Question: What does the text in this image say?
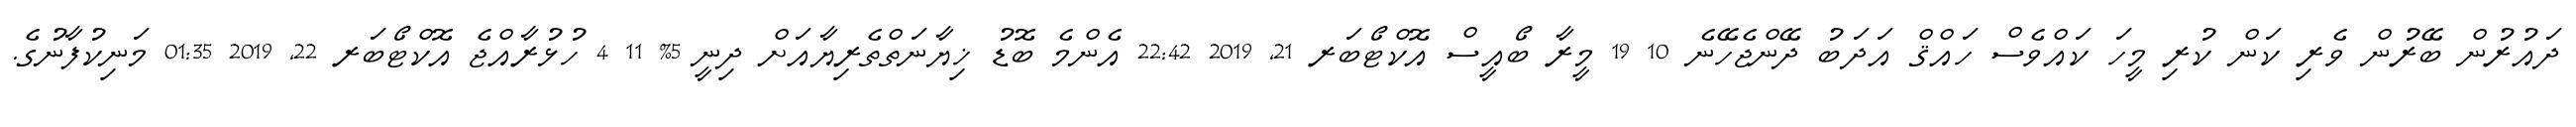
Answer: ދައުރުން ބޭރުން ވެރި ކަން ކުރި މީހަ ކައްވެސް ހައްޤް އަދަބު ދޭންޖެހޭނެ 10 19 މީރާ ބޯއީސް އޮކްޓޯބަރ 21, 2019 22:42 އެންމެ ބޮޑު ޚިޔާނަތްތެރިޔާއަށް ދިނީ 5% 11 4 ހުޅުރާއްޖެ އޮކްޓޯބަރ 22, 2019 01:35 މަނިކުފާނުގެ.